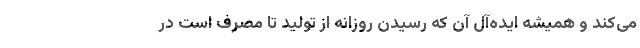
می‌کند و همیشه ایده‌آل آن که رسیدن روزانه از تولید تا مصرف است در